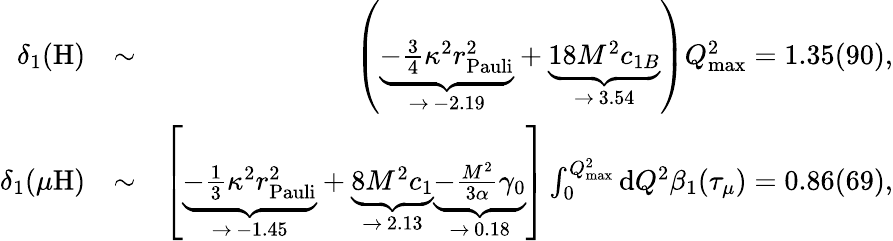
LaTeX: \begin{array}{rlr}{\delta_{1}(\mathrm{H})}&{\sim}&{\left(\underbrace{-\frac{3}{4}\kappa^{2}r_{\mathrm{Pauli}}^{2}}_{\rightarrow\, -2.19}+\underbrace{18M^{2}c_{1B}}_{\rightarrow\, 3.54}\right)Q_{\mathrm{max}}^{2}=1.35(90),}\\ {\delta_{1}(\mu\mathrm{H})}&{\sim}&{\left[\underbrace{-\frac{1}{3}\kappa^{2}r_{\mathrm{Pauli}}^{2}}_{\rightarrow\, -1.45}+\underbrace{8M^{2}c_{1}}_{\rightarrow\, 2.13}\underbrace{-\frac{M^{2}}{3\alpha}\gamma_{0}}_{\rightarrow\, 0.18}\right]\int_{0}^{Q_{\mathrm{max}}^{2}}\mathrm{d}Q^{2}\beta_{1}(\tau_{\mu})=0.86(69),}\end{array}